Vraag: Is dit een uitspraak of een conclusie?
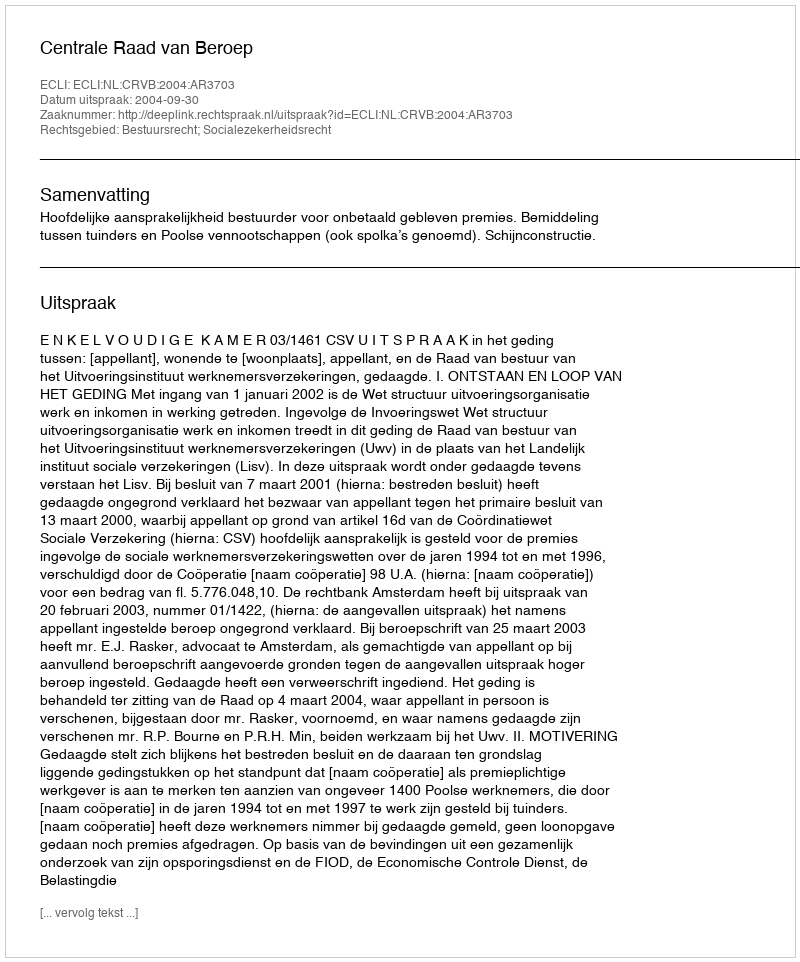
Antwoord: Uitspraak